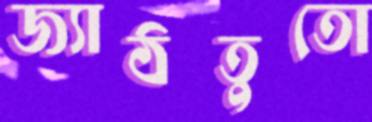
জ্যাঠতুতো